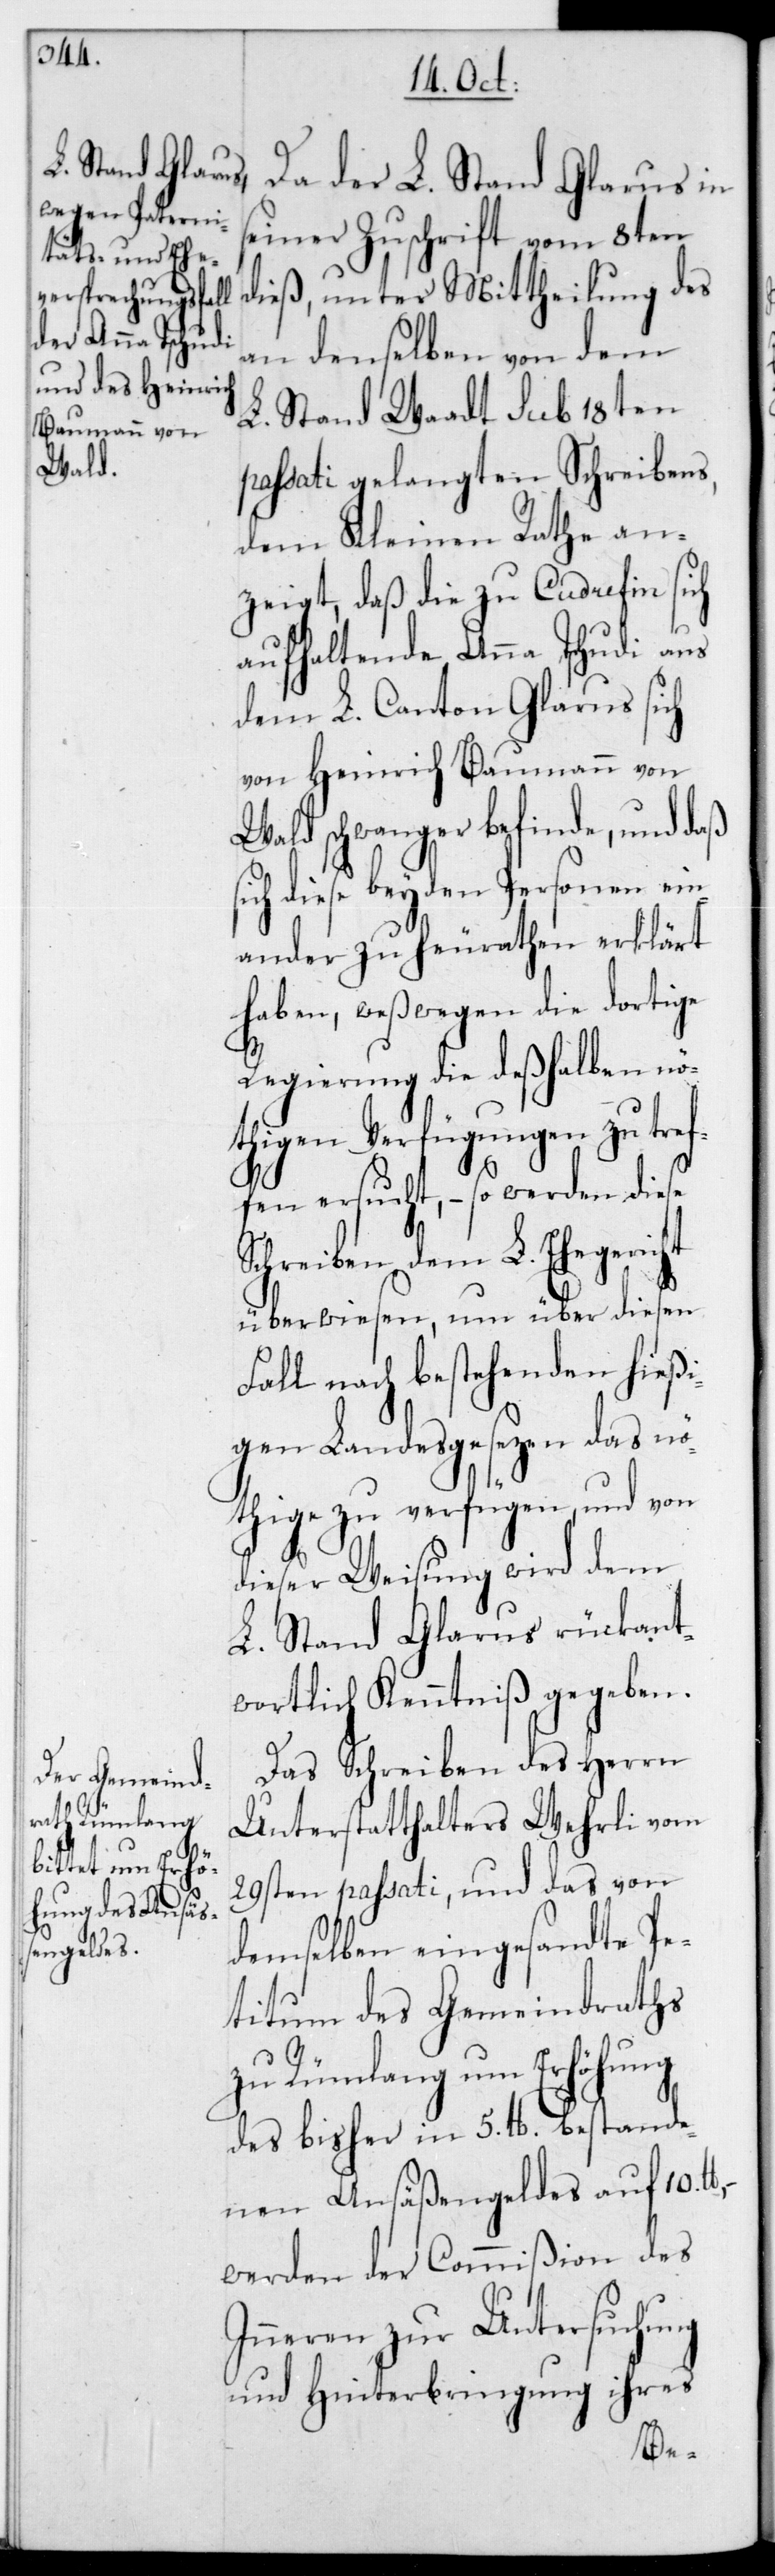
Da der L. Stand Glarus in
seiner Zuschrift vom 8ten
dieß, unter Mittheilung des
an denselben von dem
L. Stand Waadt sub 18ten
passati gelangten Schreibens,
dem Kleinen Rathe an¬
zeigt, daß die zu Cudrefin sich
aufhaltende Anna Tschudi aus
dem L. Canton Glarus sich
von Heinrich Baumann von
Wald schwanger befinde, und daß
sich diese beyden Personen ein¬
ander zu heurathen erklärt
haben, weßwegen die dortige
Regierung die deßhalben nö¬
thigen Verfügungen zu tref¬
fen ersucht, – so werden diese
Schreiben dem L. Ehegericht
überwiesen, um über diesen
Fall nach bestehenden hießi¬
gen Landesgesezen das nö¬
thige zu verfügen und von
dieser Weisung wird dem
L. Stand Glarus rückant¬
wortlich Kenntniß gegeben.
Das Schreiben des Herrn
Unterstatthalters Wehrli vom
29sten passati, und das von
demselben eingesandte Pe¬
titum des Gemeindraths
zu Rümlang um Erhöhung
des bisher in 5 lb. bestande¬
nen Ansäßengeldes auf 10
werden der Commißion des
Inneren zur Untersuchung
und Hinterbringung ihres